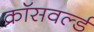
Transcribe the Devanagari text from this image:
क्रॉसवर्ल्ड